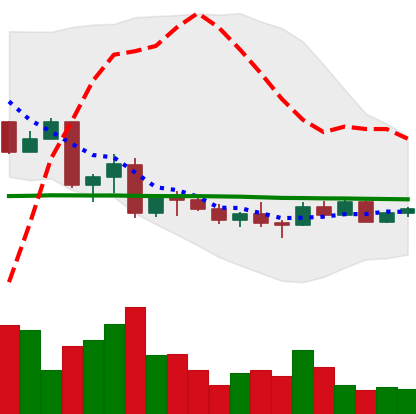
Ticker: EOS-USD
Chart end date: 2022-10-04
Forward return: -6.6%
Label: down_5_7